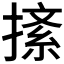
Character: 𢱨